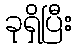
ခုရှိပြီး